Tartu_linnavalitsus, lk 6
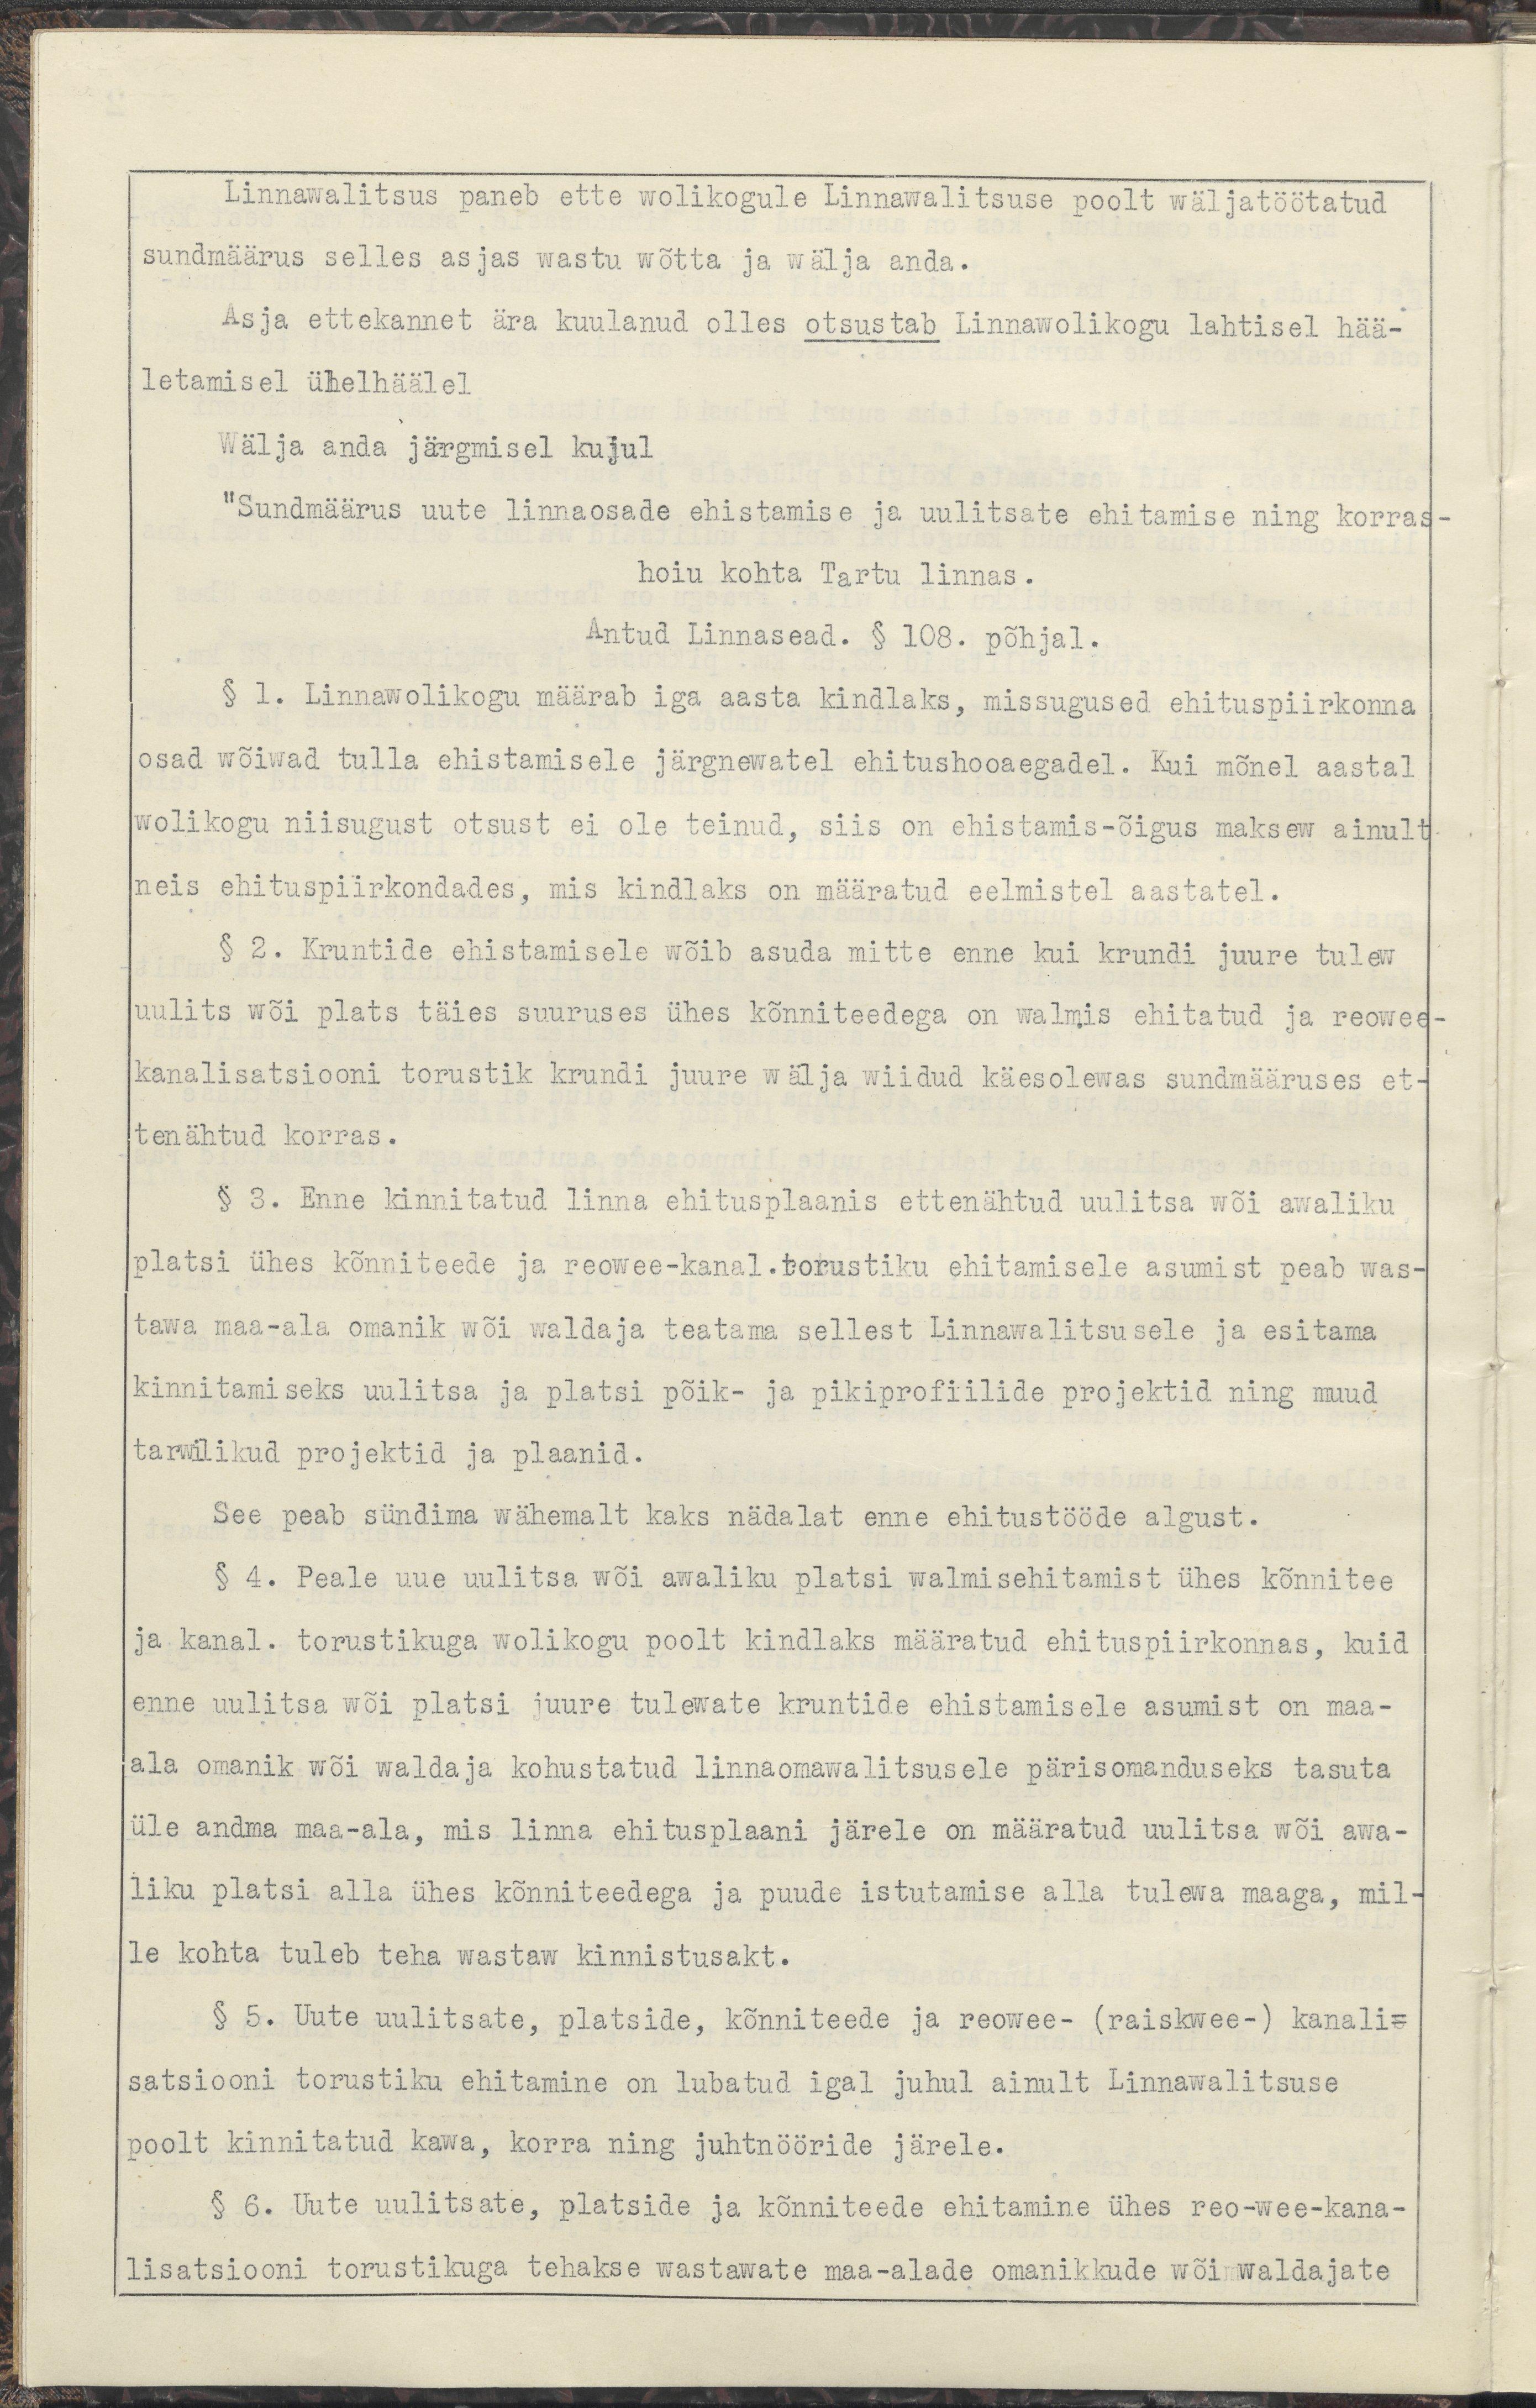
Linnawalitsus paneb ette wolikogule Linnawalitsuse poolt wäljatöötatud
sundmäärus selles asjas wastu wõtta ja wälja anda.
Asja ettekannet ära kuulanud olles otsustab Linnawolikogu lahtisel hää-
letamisel ühelhäälel
wälja anda järgmisel kujul
"Sundmäärus uute linnaosade ehistamise ja uulitsate ehitamise ning korras-
hoiu kohta Tartu linnas.
Antud Linnasead. § 108. põhjal. 
§ 1. Linnawolikogu määrab iga aasta kindlaks, missugused ehituspiirkonna
osad wõiwad tulla ehistamisele järgnewatel ehitushooaegadel. Kui mõnel aastal
wolikogu niisugust otsust ei ole teinud, siis on ehistamis-õigus maksew ainult
neis ehituspiirkondades, mis kindlaks on määratud eelmistel aastatel.
§ 2. Kruntide ehistamisele wõib asuda mitte enne kui krundi juurde tulew 
uulits wõi plats täies suuruses ühes kõnniteedega on walmis ehitatud ja reowee-
kanalisatsiooni torustik krundi juure wälja wiidud käesolewas sundmääruses et-
tenähtud korras.
§ 3. Enne kinnitatud linna ehitusplaanis ettenähtud uulitsa wõi awaliku
platsi ühes kõnniteede ja reowee-kanal. torustiku ehitamisele asumist peab was-
tawa maa-ala omanik wõi waldaja teatama sellest Linnawalitsusele ja esitama
kinnitamiseks uulitsa ja platsi põik- ja pikiprofiilide projektid ning muud
tarwiilikud projektid ja plaanid.
See pean sündima wähemalt kaks nädalat enne ehitustööde algust.
§ 4. Peale uue uulitsa wõi awaliku platsi walmisehitamist ühes kõnnitee
ja kanal. torustikuga wolikogu poolt kindlaks määratud ehituspiirkonnas, kuid
enne uulitsa wõi playsi juure tulewate kruntide ehistamisele asumist on maa-
ala omanik wõi waldaja kohustatud linnaomawalitsusele pärisomanduseks tasuta
üle andma maa-ala, mis linna ehitusplaani järele on määratud uulitsa wõi awa-
liku platsi alla ühes kõnniteedega ja puude istutamise alla tulewa maaga, mil-
le kohta tuleb teha wastaw kinnistusakt.
§ 5. Uute uulitsate, platside, kõnniteede ja reowee- (raiskwee-) kanali-
satsiooni torustiku ehitamine on lubatud igal juhul ainult Linnawalitsuse
poolt kinnitatud kawa, korra ning juhtnööride järele.
§ 6. Uute uulitsate, platside ja kõnniteede ehitamine ühes reo-wee-kana-
lisatsiooni torustikuga tehakse wastawate maa-alade omanikkude wõi waldajate